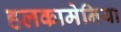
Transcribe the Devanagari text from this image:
हलकामेनिया